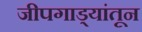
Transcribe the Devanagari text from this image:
जीपगाड्यांतून